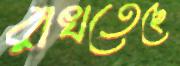
রাখতেছে